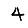
Digit: 4